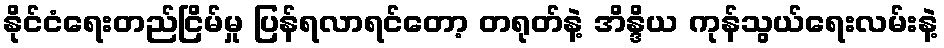
နိုင်ငံရေးတည်ငြိမ်မှု ပြန်ရလာရင်တော့ တရုတ်နဲ့ အိန္ဒိယ ကုန်သွယ်ရေးလမ်းနဲ့